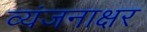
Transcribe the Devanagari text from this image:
व्यंजनाक्षर